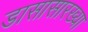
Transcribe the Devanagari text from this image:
डासासारख्या